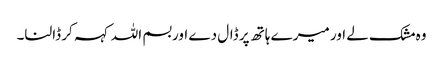
وہ مشک لے اور میرے ہاتھ پر ڈال دے اور بسم اللہ کہہ کر ڈالنا۔